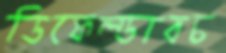
ডিফেল্ডারচ